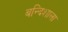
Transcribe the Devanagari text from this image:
बन्दिशाला